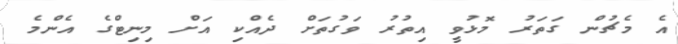
އެ މެޗުން ގަތަރު މޮޅުވީ އިތުރު ވަގުތަށް ދެއްކި އަށް މިނިޓްގެ އެންމެ